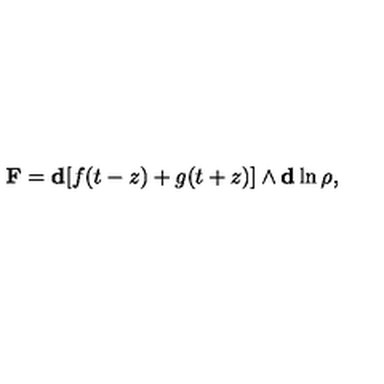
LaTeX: \mathbf { F } = \mathbf { d } [ f ( t - z ) + g ( t + z ) ] \wedge \mathbf { d } \ln { \rho } ,